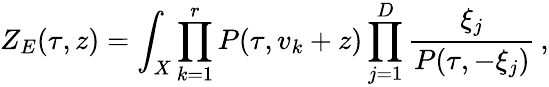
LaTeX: Z_{E}(\tau,z)=\int_{X}\prod_{k=1}^{r}P(\tau,v_{k}+z)\prod_{j=1}^{D}\frac{\xi_{j}}{P(\tau,-\xi_{j})}\, ,